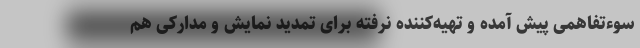
سوء‌تفاهمی پیش آمده و تهیه‌کننده نرفته برای تمدید نمایش و مدارکی هم